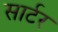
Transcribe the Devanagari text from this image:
सार्टर